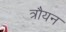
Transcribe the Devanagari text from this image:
त्रौयन